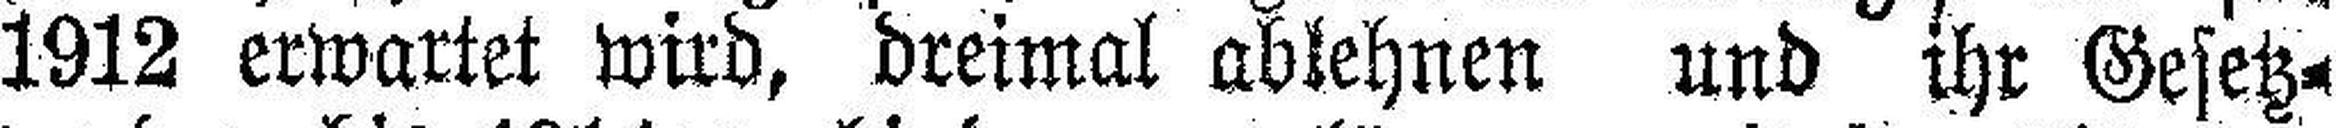
1912 erwartet wird, dreimal ablehnen und ihr Gesetz¬